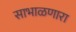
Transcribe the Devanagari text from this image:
साभाळणारा